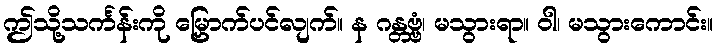
ဤသို့သင်္ကန်းကို မြှောက်ပင်လျက်။ န ဂန္တဗ္ဗံ၊ မသွားရာ။ ဝါ၊ မသွားကောင်း။